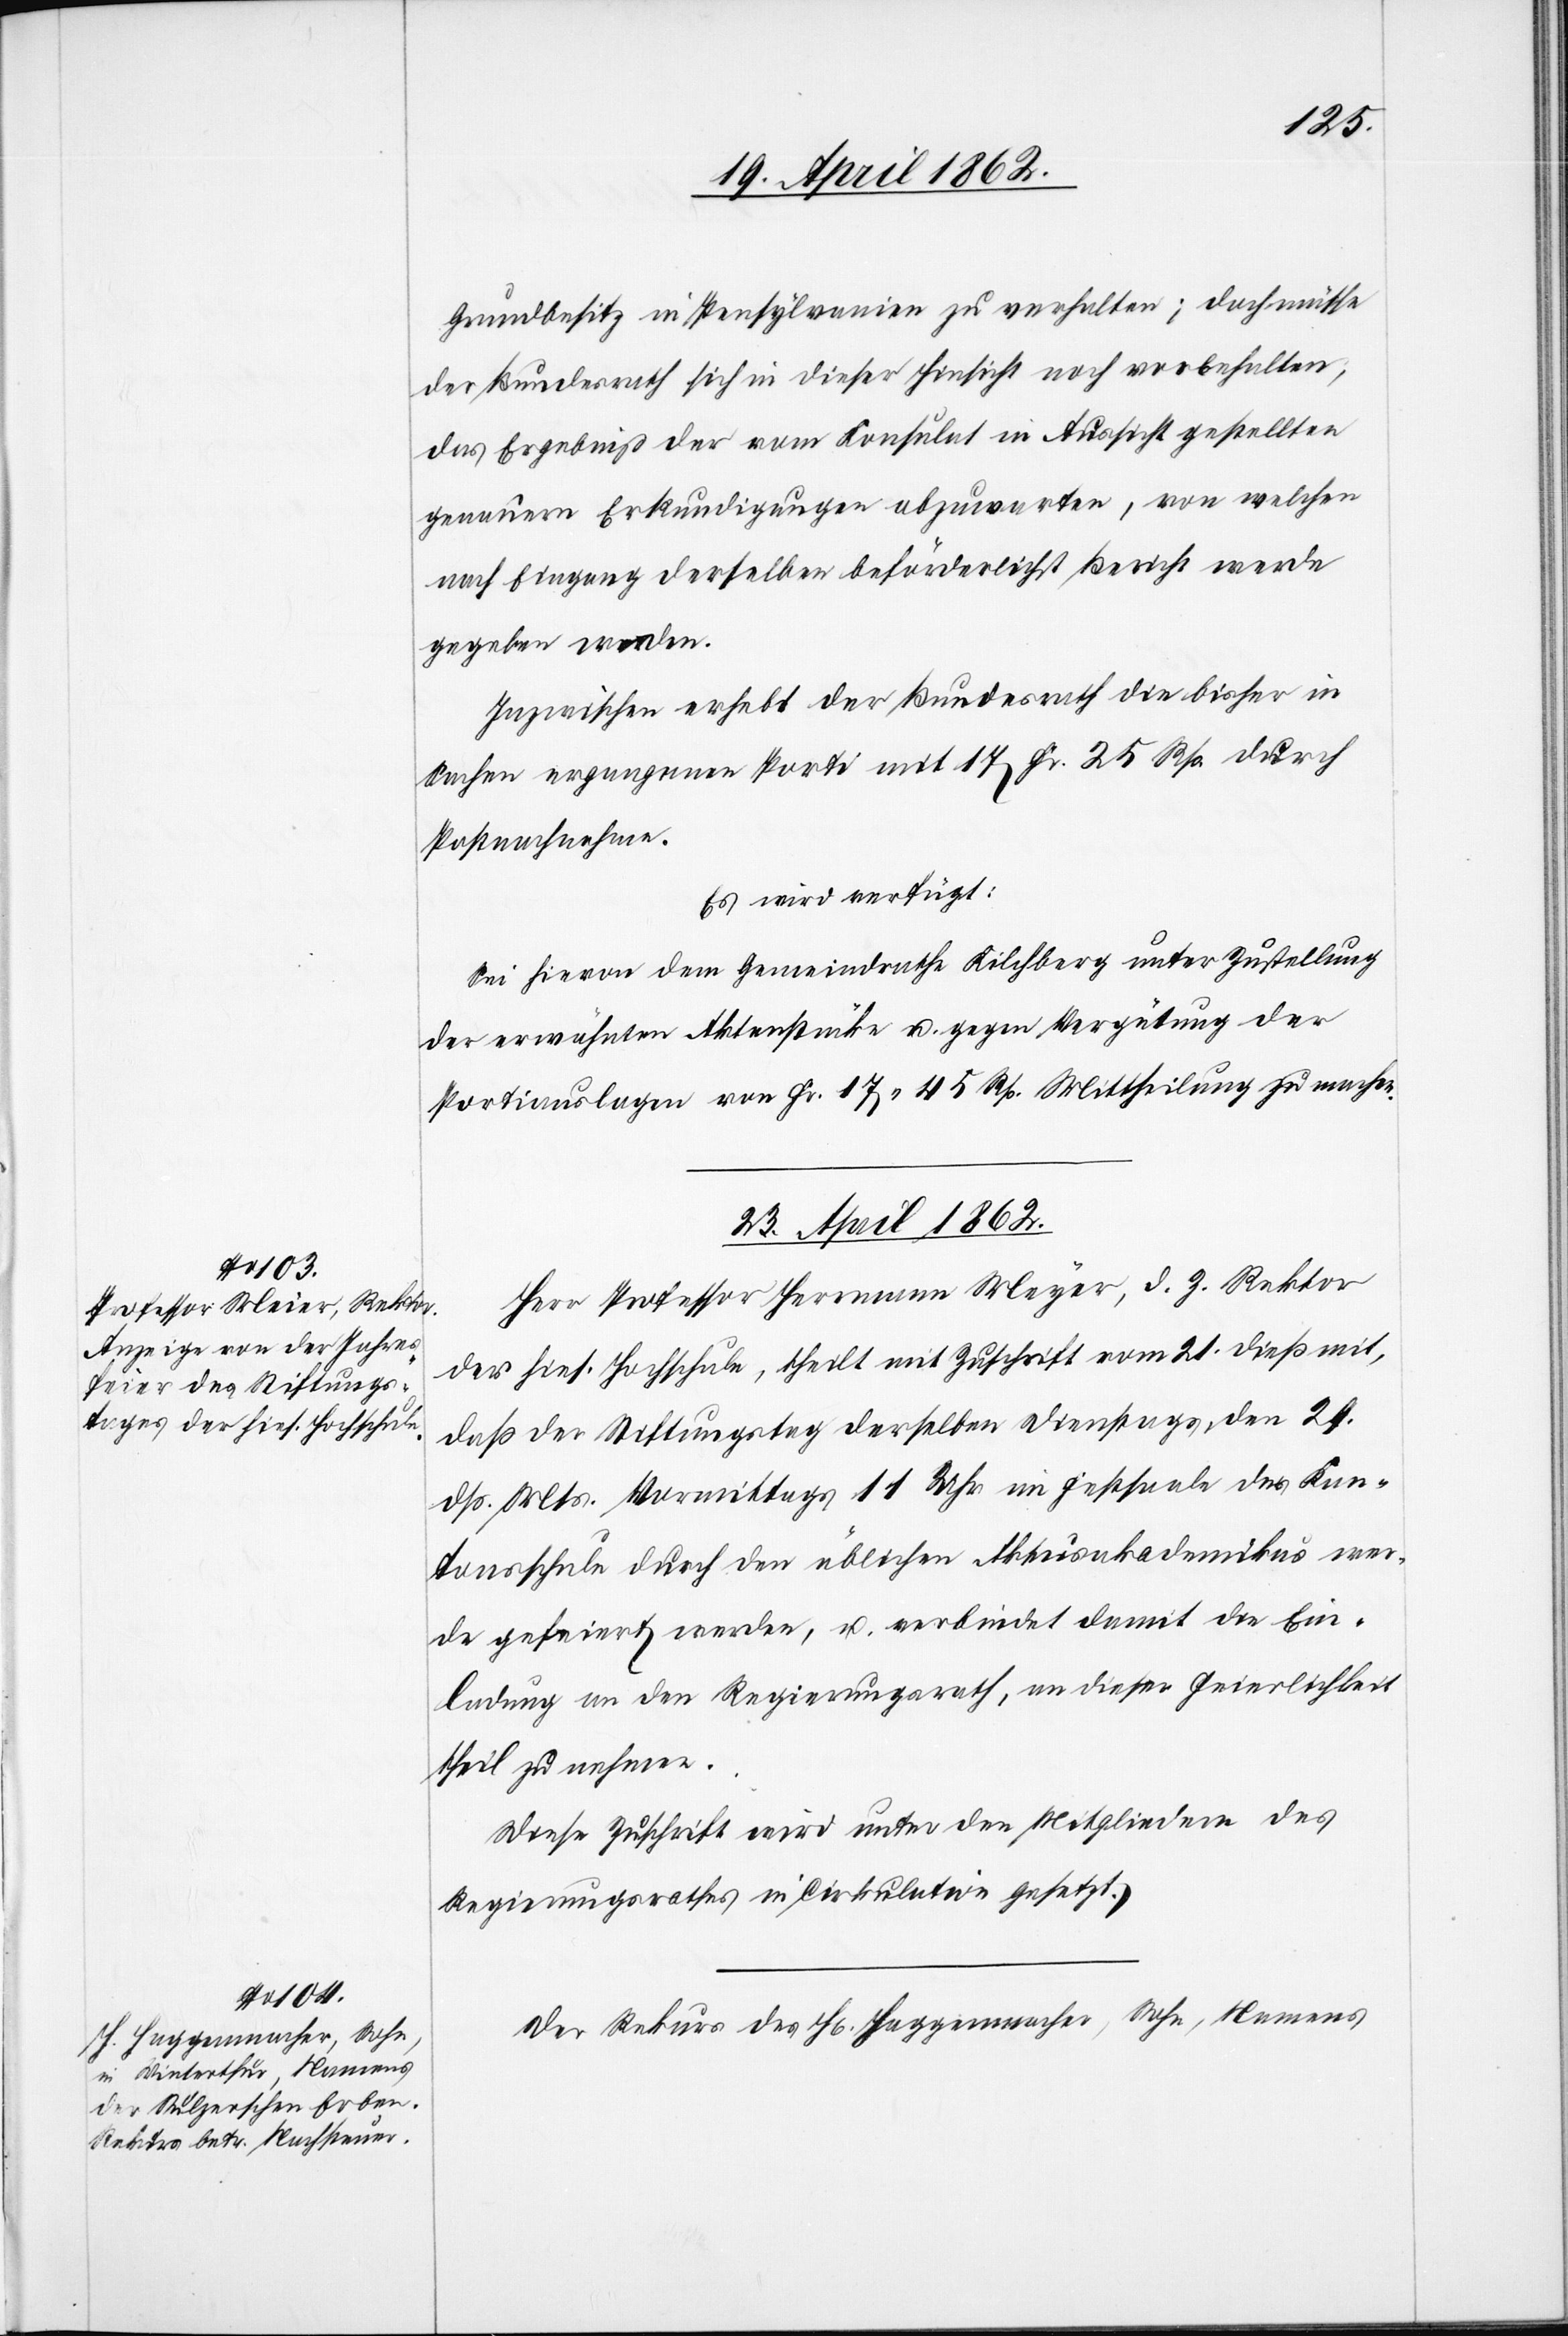
Grundbesitz in Pensylvanien zu verhalten, doch müsse
der Bundesrath sich in dieser Hinsicht noch vorbehalten,
das Ergebniß der vom Konsulat in Aussicht gestellten
genauern Erkundigungen abzuwarten, von welchen
nach Eingang derselben beförderlichst Bericht werde
gegeben werden.
Inzwischen erhebt der Bundesrath die bisher in
Sachen ergangenen Porti mit 17 Fr. 25 Rp. durch
Postnachnahme.
Es wird verfügt:
Sei hievon dem Gemeindrathe Kilchberg unter Zustellung
der erwähnten Aktenstücke u. gegen Vergütung der
Portiauslagen von Fr. 17 45 Rp. [sic!] Mittheilung zu machen.
23. April 1862.]
Herr Professor Herrmann Meyer [sic!], d. Z. Rektor
der hies. Hochschule, theilt mit Zuschrift vom 21. dieß mit,
daß der Stiftungstag derselben Dienstags den 29.
dß. Mts. Vormittags 11 Uhr im Festsaale der Kan¬
tonsschule durch den üblichen Aktusakademikus wer¬
de gefeiert werden, u. verbindet damit die Ein¬
ladung an den Regierungsrath, an dieser Feierlichkeit
theil zu nehmen.
Diese Zuschrift wird unter den Mitgliedern des
Regierungsrathes in Cirkulation gesetzt.
Der Rekurs des H. Haggenmacher, Sohn, Namens